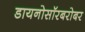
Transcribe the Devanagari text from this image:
डायनोसॉरबरोबर